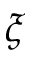
\xi